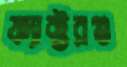
ফ্যাক্টরগু